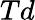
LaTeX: Td